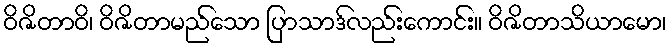
ဝိဇိတာဝိ၊ ဝိဇိတာမည်သော ပြာသာဒ်လည်းကောင်း။ ဝိဇိတာသိယာမော၊